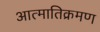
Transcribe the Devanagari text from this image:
आत्मातिक्रमण